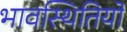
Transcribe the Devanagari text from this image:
भावस्थितियों